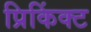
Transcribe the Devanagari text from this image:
प्रिकिंक्ट